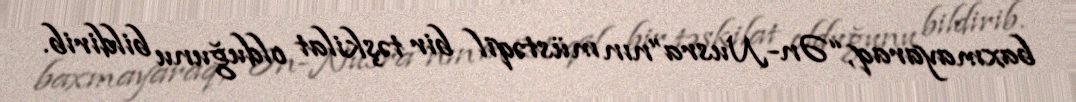
baxmayaraq, “Ən-Nusra”nın müstəqil bir təşkilat olduğunu bildirib.